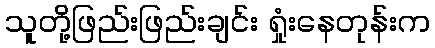
သူတို့ဖြည်းဖြည်းချင်း ရှုံးနေတုန်းက